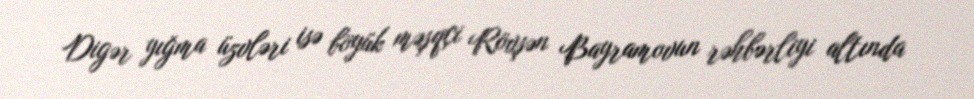
Digər yığma üzvləri isə böyük məşqçi Rövşən Bayramovun rəhbərliyi altında